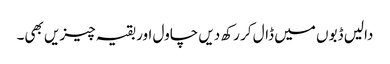
دالیں ڈبوں میں ڈال کر رکھ دیں چاول اور بقیہ چیزیں بھی۔